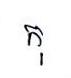
កុ